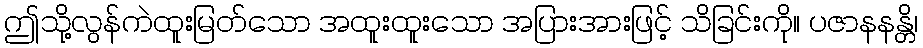
ဤသို့လွန်ကဲထူးမြတ်သော အထူးထူးသော အပြားအားဖြင့် သိခြင်းကို။ ပဇာနနန္တိ၊